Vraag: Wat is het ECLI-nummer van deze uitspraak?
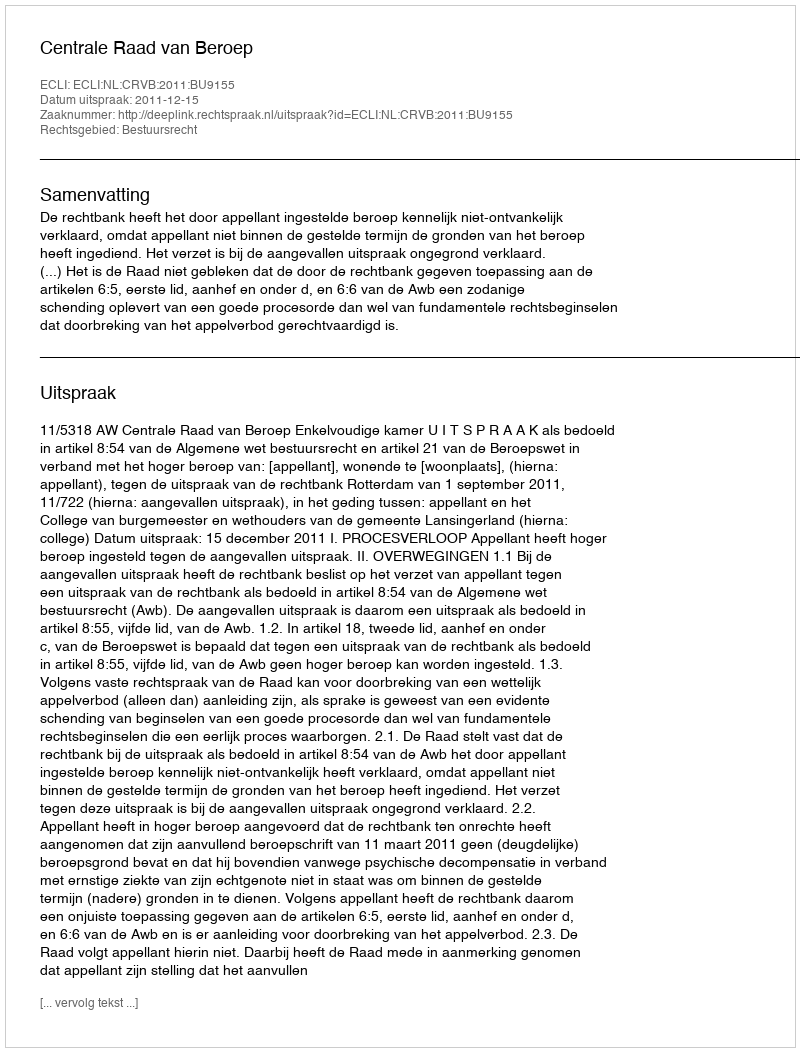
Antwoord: ECLI:NL:CRVB:2011:BU9155